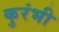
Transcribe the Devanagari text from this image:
कुरंभी